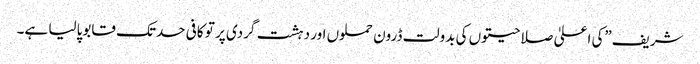
شریف”کی اعلیٰ صلاحیتوں کی بدولت ڈرون حملوں اور دہشت گردی پر تو کافی حدتک قابوپالیا ہے۔